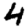
Digit: 4